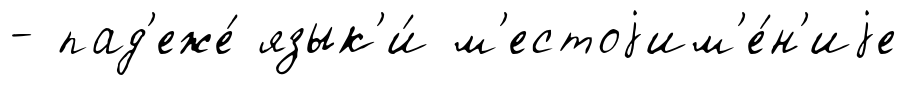
- пад'еже́ язык'и́ м'естоjим'е́н'иjе